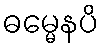
ဓမ္မေနပိ